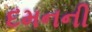
દમનની